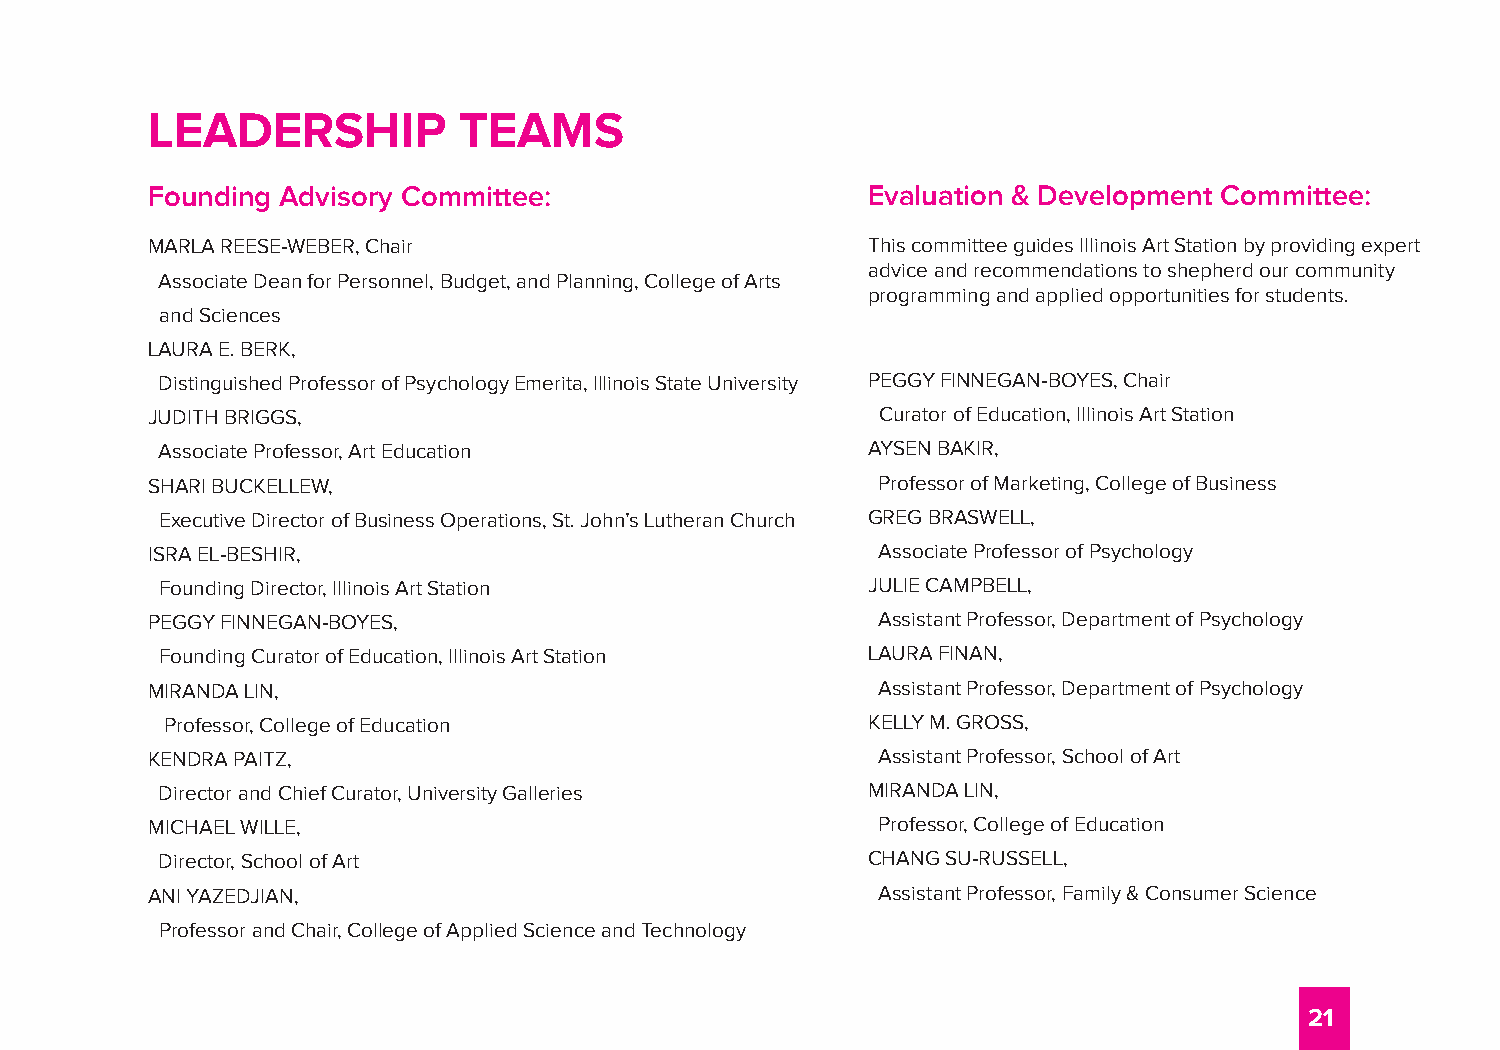
LEADERSHIP          TEAMS
 Founding Advisory Committee:                   Evaluation & Development Committee:
 MARLA REESE-WEBER, Chair                       This committee guides Illinois Art Station by providing expert
 advice and recommendations to shepherd our community
 Associate Dean for Personnel, Budget, and Planning, College of Arts
 programming and applied opportunities for students.
 and Sciences
 LAURA E. BERK,
 Distinguished Professor of Psychology Emerita, Illinois State University PEGGY FINNEGAN-BOYES, Chair
 JUDITH BRIGGS,                                  Curator of Education, Illinois Art Station
 Associate Professor, Art Education            AYSEN BAKIR,
 SHARI BUCKELLEW,                                Professor of Marketing, College of Business
 Executive Director of Business Operations, St. John’s Lutheran Church GREG BRASWELL,
 ISRA EL-BESHIR,                                 Associate Professor of Psychology
 Founding Director, Illinois Art Station       JULIE CAMPBELL,
 PEGGY FINNEGAN-BOYES,                           Assistant Professor, Department of Psychology
 Founding Curator of Education, Illinois Art Station LAURA FINAN,
 MIRANDA LIN,                                    Assistant Professor, Department of Psychology
 Professor, College of Education               KELLY M. GROSS,
 KENDRA PAITZ,                                   Assistant Professor, School of Art
 Director and Chief Curator, University Galleries MIRANDA LIN,
 MICHAEL WILLE,                                  Professor, College of Education
 Director, School of Art                       CHANG SU-RUSSELL,
 ANI YAZEDJIAN,                                  Assistant Professor, Family & Consumer Science
 Professor and Chair, College of Applied Science and Technology
 21